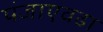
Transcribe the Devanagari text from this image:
पंजाएवढा